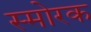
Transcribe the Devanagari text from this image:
स्माेरक